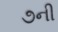
૭ની